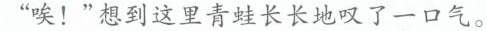
”唉！”想到这里青蛙长长地叹了一口气。